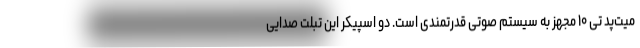
میت‌پد تی ۱۰ مجهز به سیستم صوتی قدرتمندی است. دو اسپیکر این تبلت صدایی